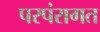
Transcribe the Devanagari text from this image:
परपंरागत